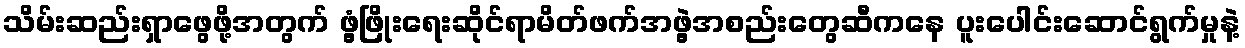
သိမ်းဆည်းရှာဖွေဖို့အတွက် ဖွံ့ဖြိုးရေးဆိုင်ရာမိတ်ဖက်အဖွဲ့အစည်းတွေဆီကနေ ပူးပေါင်းဆောင်ရွက်မှုနဲ့